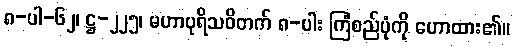
၈-ပါ-၆၂၊ ဋ္ဌ-၂၂၅၊ မဟာပုရိသဝိတက် ၈-ပါး ကြံစည်ပုံကို ဟောထား၏။